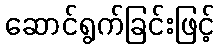
ဆောင်ရွက်ခြင်းဖြင့်